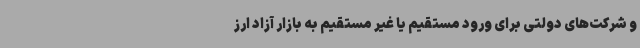
و شرکت‌های دولتی برای ورود مستقیم یا غیر مستقیم به بازار آزاد ارز